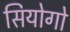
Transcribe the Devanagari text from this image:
सियोगो